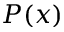
P ( x )